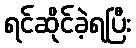
ရင်ဆိုင်ခဲ့ရပြီး